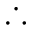
\therefore